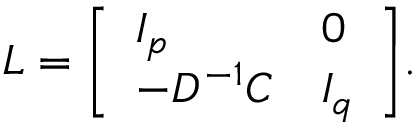
L = { \left[ \begin{array} { l l } { I _ { p } } & { 0 } \\ { - D ^ { - 1 } C } & { I _ { q } } \end{array} \right] } .